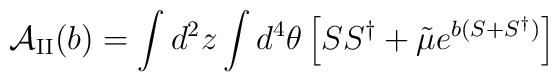
{\cal A}_{\rm II}(b)=\int d^2 z \int d^4\theta \left[SS^{\dagger}+{\tilde\mu}e^{b(S+S^{\dagger})}\right]